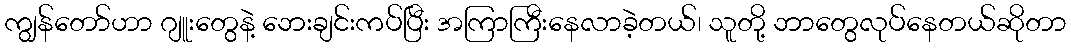
ကျွန်တော်ဟာ ဂျူးတွေနဲ့ ဘေးချင်းကပ်ပြီး အကြာကြီးနေလာခဲ့တယ်၊ သူတို့ ဘာတွေလုပ်နေတယ်ဆိုတာ